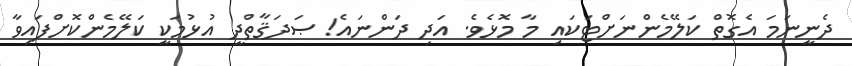
ދެނީނަމަ އެގޮތް ކަލޭމެންނަށްޓަކައި މާ މޮޅެވެ. އަދި ދަންނައެ! ޞަދަޤާތްދީ އުޅުމަކީ ކަލޭމެންކޮށްފައިވާ